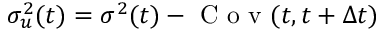
\sigma _ { u } ^ { 2 } ( t ) = \sigma ^ { 2 } ( t ) - \mathrm { ~ C ~ o ~ v ~ } ( t , t + \Delta t )